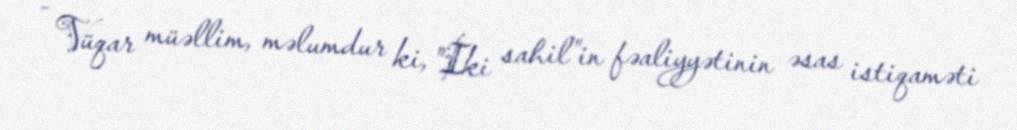
- Vüqar müəllim, məlumdur ki, "İki sahil”in fəaliyyətinin əsas istiqaməti